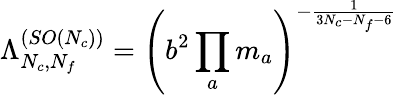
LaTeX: {\Lambda_{N_{c},N_{f}}^{(SO(N_{c}))}}=\left(b^{2}\prod_{a}m_{a}\right)^{-{\frac{1}{3N_{c}-N_{f}-6}}}